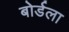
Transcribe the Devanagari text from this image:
बोर्डला